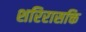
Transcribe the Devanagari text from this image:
शरिरासक्ति